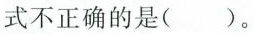
式不正确的是()。